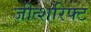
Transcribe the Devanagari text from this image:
जीत्शरिफ्ट